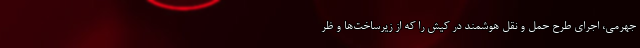
جهرمی، اجرای طرح حمل و نقل هوشمند در کیش را که از زیرساخت‌ها و ظر